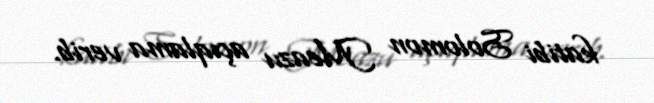
katibi Solomon Meazu açıqlama verib.